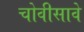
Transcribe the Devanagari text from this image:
चोवीसावे